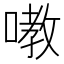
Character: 嘋